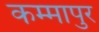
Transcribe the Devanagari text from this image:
कम्मापुर